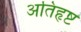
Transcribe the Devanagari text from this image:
अतिहृष्ट